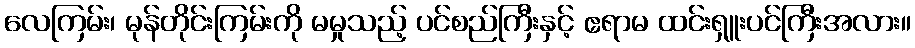
လေကြမ်း၊ မုန်တိုင်းကြမ်းကို မမှုသည့် ပင်စည်ကြီးနှင့် ဧရာမ ထင်းရှူးပင်ကြီးအလား။